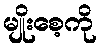
မျိုးစေ့ကို